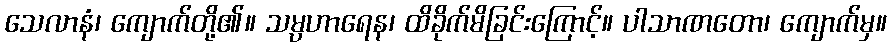
သေလာနံ၊ ကျောက်တို့၏။ သမ္ပဟာရေန၊ ထိခိုက်မိခြင်းကြောင့်။ ပါသာဏတော၊ ကျောက်မှ။